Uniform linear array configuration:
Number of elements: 32
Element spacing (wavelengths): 0.25
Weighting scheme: exponential
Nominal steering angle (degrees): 45
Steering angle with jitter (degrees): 43.7
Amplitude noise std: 0.05
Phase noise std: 0.05

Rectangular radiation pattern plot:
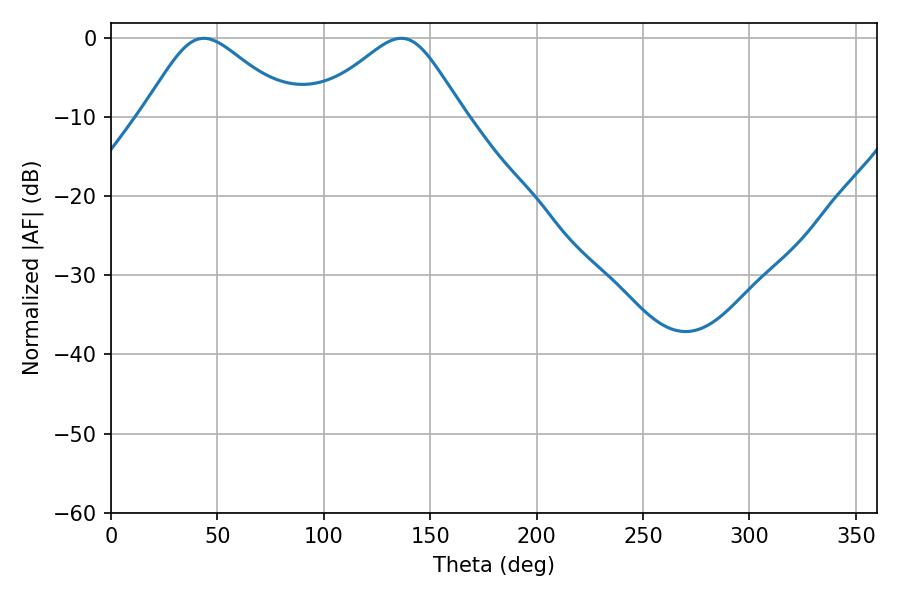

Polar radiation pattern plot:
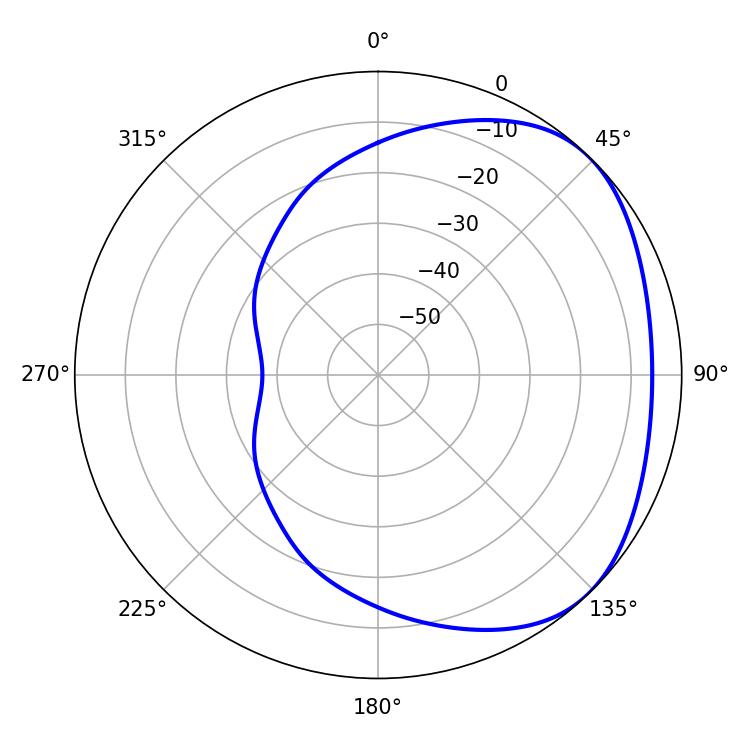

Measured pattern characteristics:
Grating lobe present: FALSE
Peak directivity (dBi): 2.897
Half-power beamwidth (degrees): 34.56
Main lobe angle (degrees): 43.56